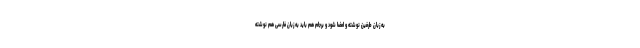
به زبان طرفین نوشته و امضا شود و برجام هم باید به زبان فارسی هم نوشته